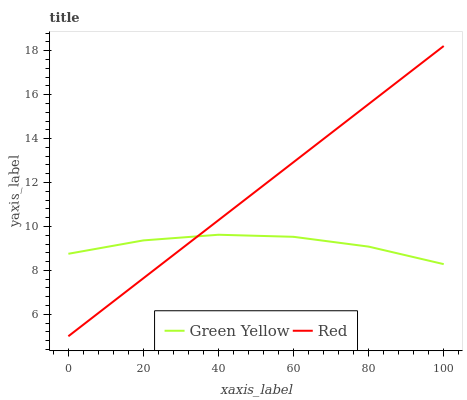
| xaxis_label | Green Yellow | Red |
 | --- | --- | --- |
 | 0 | 8.76 | 5 |
 | 20 | 9.36 | 7.64 |
 | 40 | 9.62 | 10.3 |
 | 60 | 9.53 | 12.9 |
 | 80 | 9.08 | 15.6 |
 | 100 | 8.28 | 18.2 |